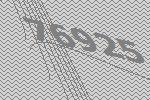
76925